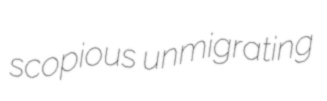
scopious unmigrating